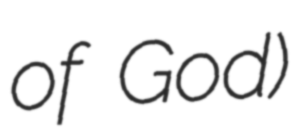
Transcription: of God)